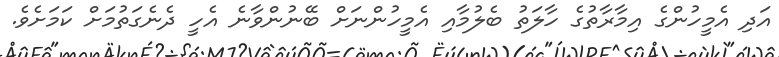
އަދި އެމީހުންގެ އިމާރާތުގެ ހާލަތު ބެލުމާއި އެމީހުންނަށް ބޭނުންވާނެ އެހީ ދެނެގަތުމަށް ކަމަށެވެ.